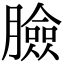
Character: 臉